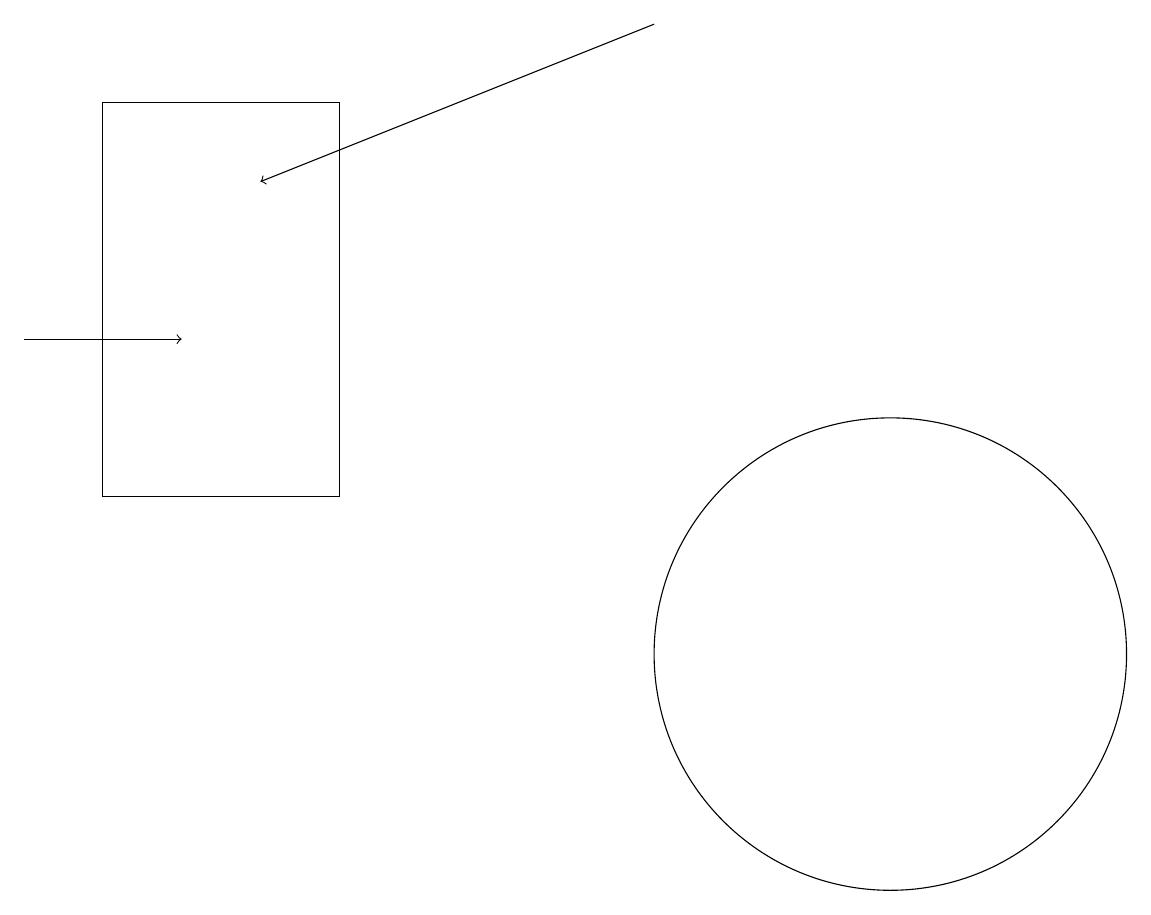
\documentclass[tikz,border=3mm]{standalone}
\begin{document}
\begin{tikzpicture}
\draw[->] (9,18) -- (4,16);
\draw[->] (1,14) -- (3,14);
\draw (12,10) circle (3);
\draw (5,12) rectangle (2,17);
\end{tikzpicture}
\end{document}